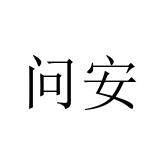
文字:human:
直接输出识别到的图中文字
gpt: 问安